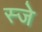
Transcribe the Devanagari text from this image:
स्जे